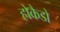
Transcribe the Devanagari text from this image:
होकैडो